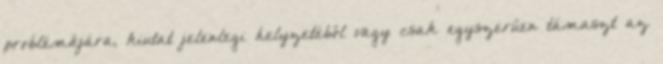
problémájára, kiutat jelenlegi helyzetéből vagy csak egyszerűen támaszt az